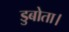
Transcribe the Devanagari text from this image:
डुबोता।